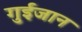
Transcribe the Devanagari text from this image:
गुईजान